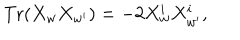
\mathrm { T r } ( X _ { w } X _ { w ^ { \prime } } ) = - 2 X _ { w } ^ { i } X _ { w ^ { \prime } } ^ { i } ,